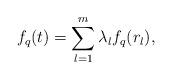
LaTeX: \begin{align*}f_q(t) = \sum_{l=1}^m \lambda_l f_q(r_l),\end{align*}